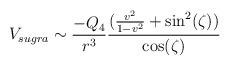
LaTeX: \begin{align*}V_{sugra} \sim \frac{-Q_{4}}{r^{3}}\frac{(\frac{v^{2}}{1-v^2}+\sin^{2}(\zeta))}{\cos(\zeta)}\end{align*}